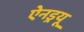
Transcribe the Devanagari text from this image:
ऐनड्रयू